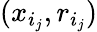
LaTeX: (x_{i_{j}},r_{i_{j}})